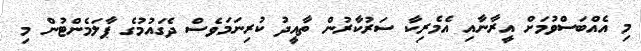
މި އެއްބަސްވުމަށް އީރާނާއި އެމެރިކާ ސަރުކާރުން ތާއީދު ކުރިނަމަވެސް ދެގައުމުގެ ޕާލަމެންޓުން މި